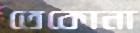
তেকোনা